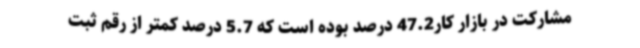
مشارکت در بازار کار47.2 درصد بوده است که 5.7 درصد کمتر از رقم ثبت